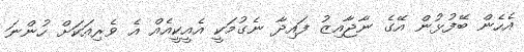
އެހެން ބޭފުޅުން އޭގެ ނާޖާއިޒު ފައިދާ ނެގުމަކީ އެއީކީއެއް އެ ވެރިއަކަށް ހުންނަ